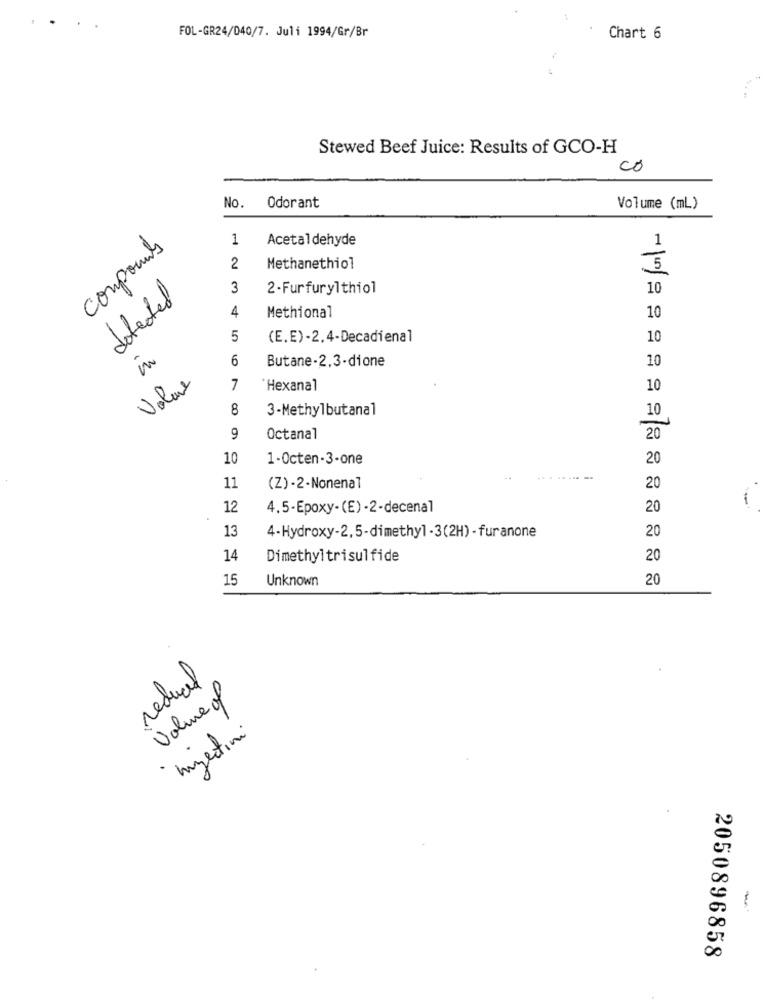
FOL-GR24/040/7. Juli 1994/Gr/Br
Chart 6
Stewed Beef Juice: Results of GCO-H
co
No.
Odorant
Volume (mL)
1
Acetaldehyde
compounds
1
2
Methanethiol
3
2- Furfurylthiol
10
detected
4
Methional
10
5
(E.E)-2.4-Decadienal
10
6
Butane-2,3-dione
10
Volare
7
'Hexanal
10
8
3-Methylbutanal
10
9
Octanal
20
10
1-Octen-3-one
20
-------
11
(Z) -2-Nonenal
20
12
4.5-Epoxy- (E) -2-decenal
20
13
20
4-Hydroxy-2, 5-dimethyl - 3(2H) - fur anone
14
Dimethyltrisulfide
20
15
Unknown
20
redual
Value of
inzertini
-
2050896858